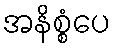
အနိစ္စံပေ